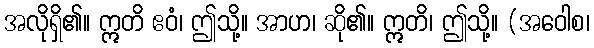
အလိုရှိ၏။ ဣတိ ဧဝံ၊ ဤသို့။ အာဟ၊ ဆို၏။ ဣတိ၊ ဤသို့။ (အဝေါစ၊